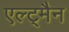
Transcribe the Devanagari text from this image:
एल्ट्मैन